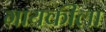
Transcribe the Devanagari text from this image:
गायकीला